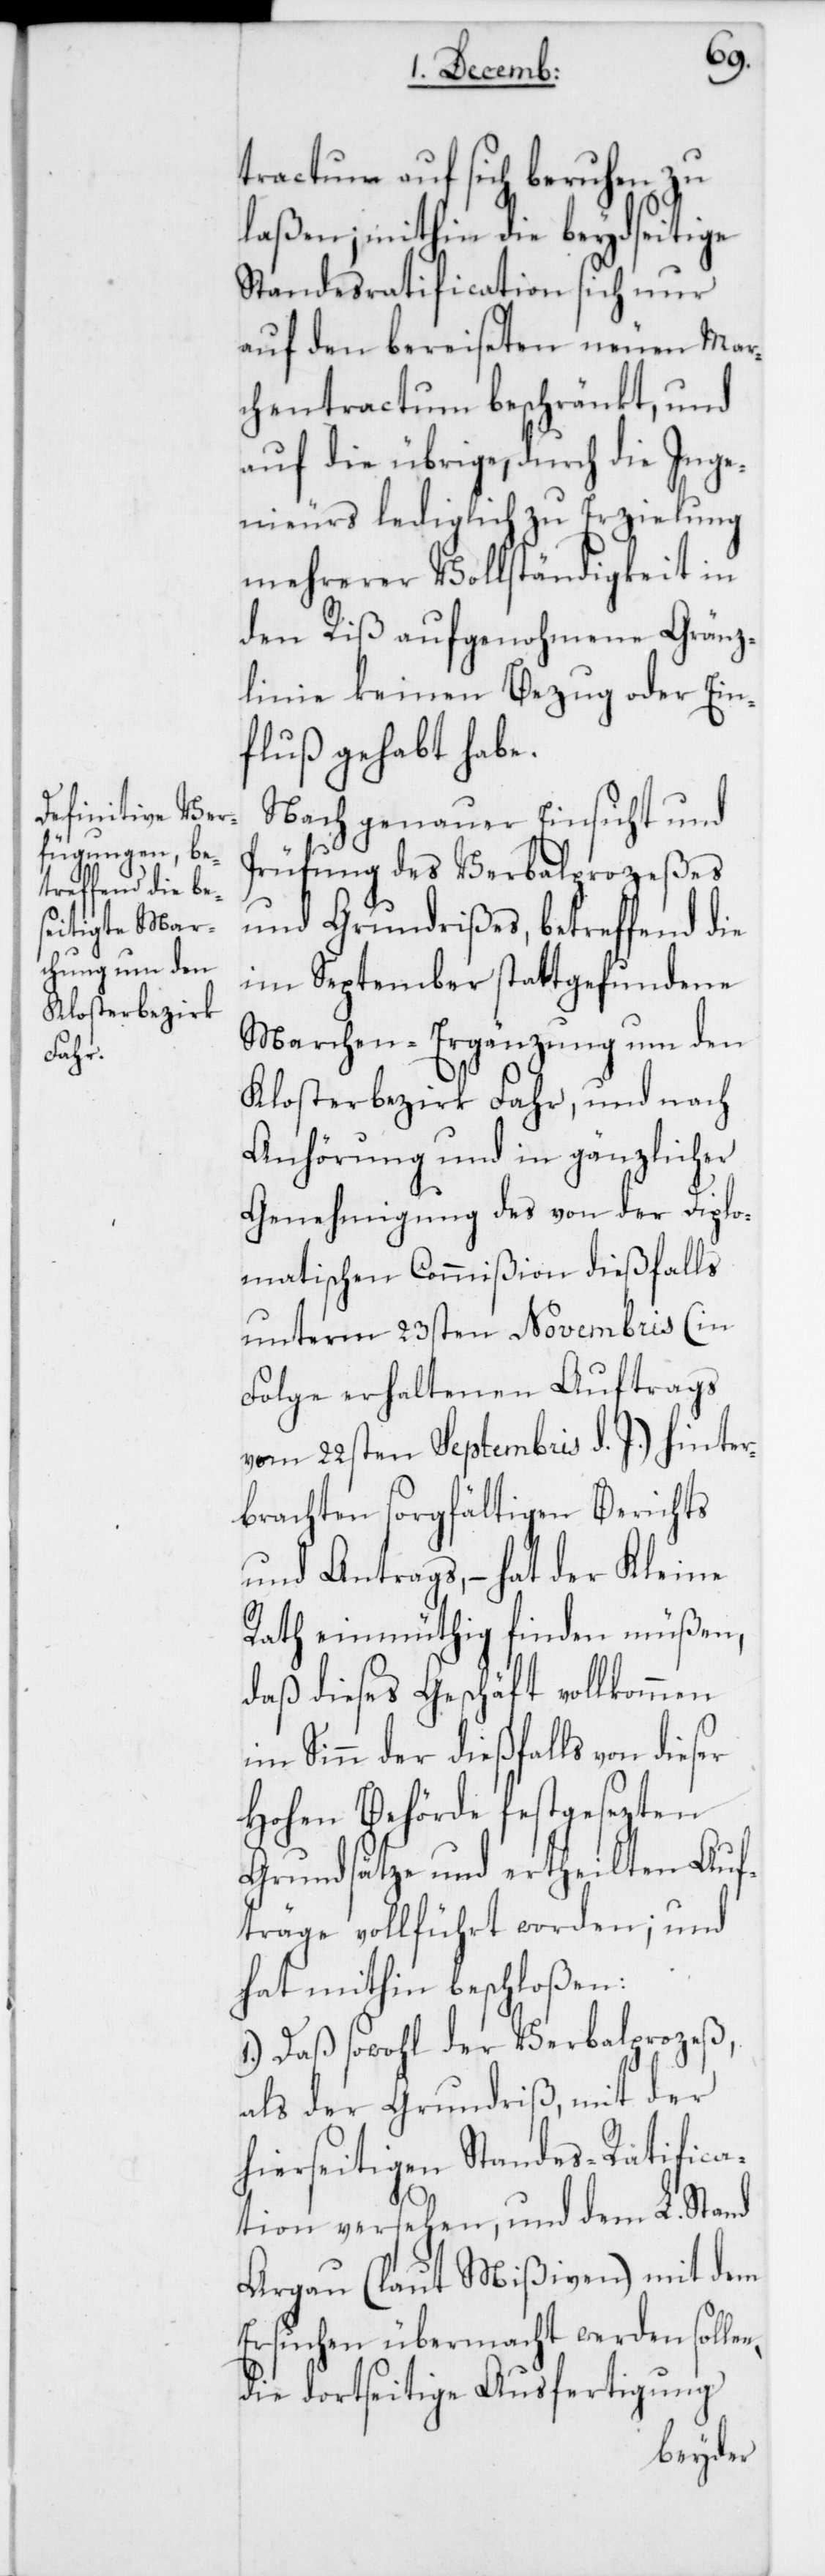
n,
tractatum auf sich beruhen zu
laßen; mithin die beydseitige
Standesratification sich nur
auf den bereiseten neuen Mar¬
chentractum beschränkt, und
auf die übrige, durch die Inge¬
nieurs lediglich zu Erzielung
mehrerer Vollständigkeit in
den Riß aufgenohmene Gränz¬
linie keinen Bezug oder Ein¬
fluß gehabt habe.
Nach genauer Einsicht und
Prüfung des Verbalprozeßes
und Grundrißes, betreffend die
im September stattgefundene
Marchen-Ergänzung um den
Klosterbezirk Fahr, und nach
Anhörung und in gänzlicher
Genehmigung des von der Diplo¬
matischen Commißion dießfalls
unterm 23sten Novembris (in
Folge erhaltenen Auftrags
vom 22sten Septembris d. J.) hinter¬
brachten sorgfältigen Berichts
und Antrags, – hat der Kleine
Rath einmüthig finden müßen,
daß dieses Geschäft vollkommen
im Sinn der dießfalls von dieser
Hohen Behörde festgesezten
Grundsätze und ertheilten Auf¬
träge vollführt worden; und
hat mithin beschloßen:
1.) Daß sowohl der Verbalprozeß,
als der Grundriß, mit der
hierseitigen Standes-Ratifica¬
tion versehen, und dem L. Stand
Aargau (laut Mißiven) mit dem
Ersuchen übermacht werden solle¬
die dortseitige Ausfertigung